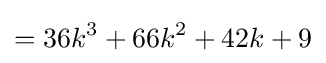
=36k^{3}+66k^{2}+42k+9